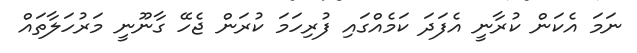
ނަމަ އެކަން ކުރާނީ އެފަދަ ކަމެއްގައި ފުރިހަމަ ކުރަން ޖެހޭ ގާނޫނީ މަރުހަލާތައް